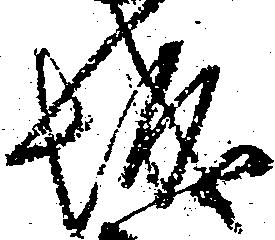
城